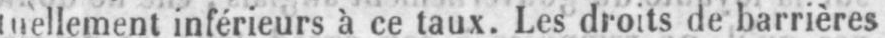
luellement inférieurs à ce taux. Les droits de barrières